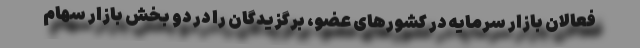
فعالان بازار سرمایه در کشورهای عضو، برگزیدگان را در دو بخش بازار سهام